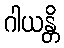
ဂါယန္တိ